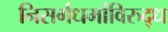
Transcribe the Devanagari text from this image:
निसर्गधर्माविरुद्ध